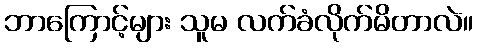
ဘာကြောင့်များ သူမ လက်ခံလိုက်မိတာလဲ။